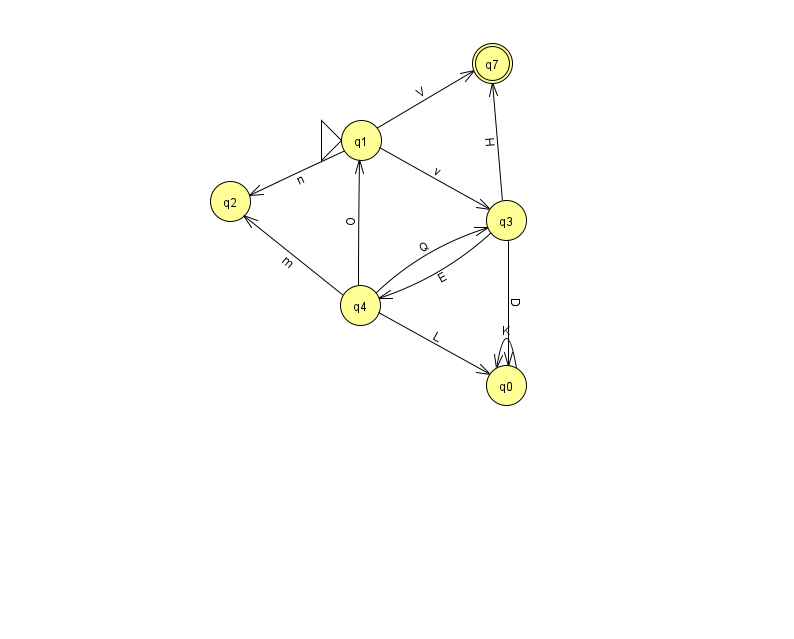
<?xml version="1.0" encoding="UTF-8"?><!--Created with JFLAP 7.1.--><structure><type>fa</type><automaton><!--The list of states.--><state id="0" name="q0"><x>506.0</x><y>372.0</y></state><state id="1" name="q1"><x>361.0</x><y>127.0</y><initial/></state><state id="2" name="q2"><x>230.0</x><y>188.0</y></state><state id="3" name="q3"><x>506.0</x><y>207.0</y></state><state id="4" name="q4"><x>360.0</x><y>292.0</y></state><state id="7" name="q7"><x>492.0</x><y>50.0</y><final/></state><!--The list of transitions.--><transition><from>4</from><to>0</to><read>L</read></transition><transition><from>4</from><to>1</to><read>O</read></transition><transition><from>4</from><to>2</to><read>m</read></transition><transition><from>4</from><to>3</to><read>Q</read></transition><transition><from>3</from><to>4</to><read>E</read></transition><transition><from>1</from><to>7</to><read>V</read></transition><transition><from>3</from><to>0</to><read>D</read></transition><transition><from>0</from><to>0</to><read>K</read></transition><transition><from>1</from><to>3</to><read>v</read></transition><transition><from>3</from><to>7</to><read>H</read></transition><transition><from>1</from><to>2</to><read>n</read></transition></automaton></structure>